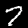
Digit: 7